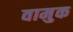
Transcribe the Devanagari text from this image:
वामुक